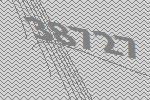
38727